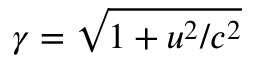
\gamma = \sqrt { 1 + u ^ { 2 } / c ^ { 2 } }